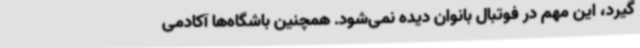
‌گیرد، این مهم در فوتبال بانوان دیده نمی‌شود. همچنین باشگاه‌ها آکادمی